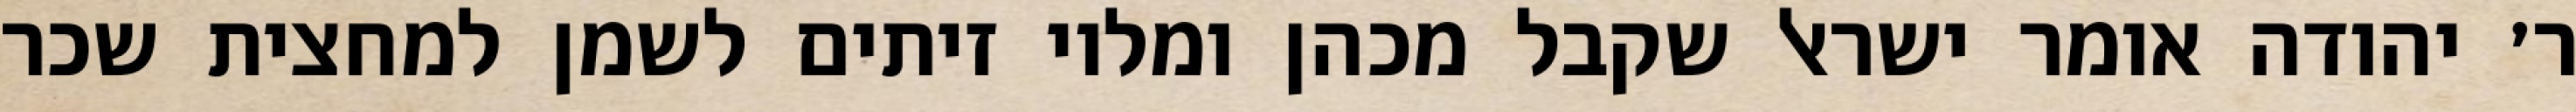
ר׳ יהודה אומר ישראל שקבל מכהן ומלוי זיתים לשמן למחצית שכר